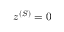
z ^ { ( S ) } = 0